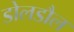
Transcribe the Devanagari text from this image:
डोलडौल